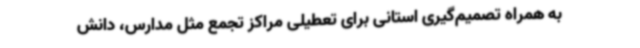
به همراه تصمیم‌گیری استانی برای تعطیلی مراکز تجمع مثل مدارس، دانش